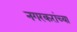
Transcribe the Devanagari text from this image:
नगरकरांच्या